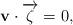
LaTeX: \begin{align*}\mathbf{v}\cdot \overrightarrow{\zeta}=0,\end{align*}